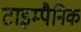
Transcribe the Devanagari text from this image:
टाइम्पैनिक